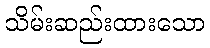
သိမ်းဆည်းထားသော